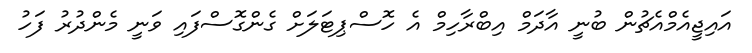
އައިޖީއެމްއެޗުން ބުނީ އާދަމް އިބްރާހިމް އެ ހޮސްޕިޓަަލަށް ގެންގޮސްފައި ވަނީ މެންދުރު ފަހު